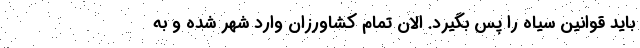
باید قوانین سیاه را پس بگیرد. الان تمام کشاورزان وارد شهر شده و به